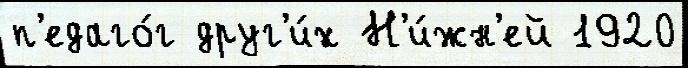
п'едаго́г друг'и́х Н'и́жн'ей 1920